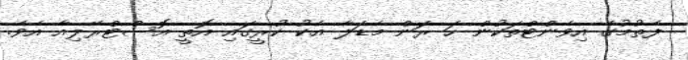
ފެތުމުގެ އިވެންޓްތަކުން ހަ ރަން މެޑަލާ އެކު ކުރީގައި އޮތީ އޮސްޓްރޭލިއާ އެވެ.